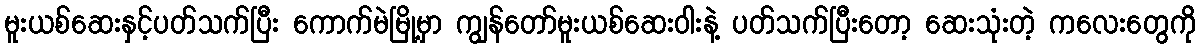
မူးယစ်ဆေးနှင့်ပတ်သက်ပြီး ကောက်မဲမြို့မှာ ကျွန်တော်မူးယစ်ဆေးဝါးနဲ့ ပတ်သက်ပြီးတော့ ဆေးသုံးတဲ့ ကလေးတွေကို